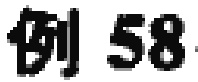
例 58